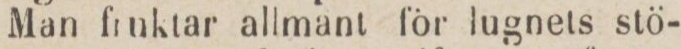
Man fruktar allmant för lugnets stö-